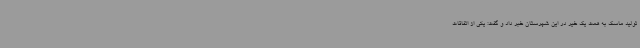
تولید ماسک به همت یک خیر در این شهرستان خبر داد و گفت: یکی از اتفاقات